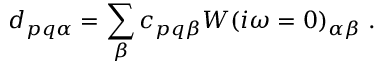
d _ { p q \alpha } = \sum _ { \beta } c _ { p q \beta } W ( i \omega = 0 ) _ { \alpha \beta } \; .